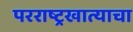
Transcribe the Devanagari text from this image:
परराष्ट्रखात्याचा